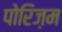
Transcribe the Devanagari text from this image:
पोरिज़म